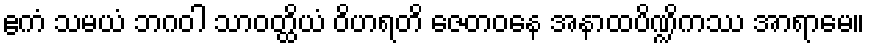
ဧကံ သမယံ ဘဂဝါ သာဝတ္ထိယံ ဝိဟရတိ ဇေတဝနေ အနာထပိဏ္ဍိကဿ အာရာမေ။